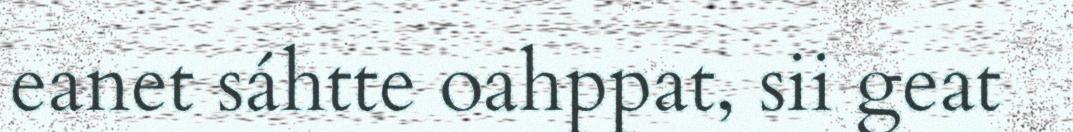
eanet sáhtte oahppat, sii geat